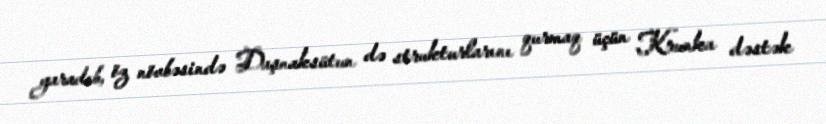
yaradıb, öz növbəsində Daşnaksütun də strukturlarını qurmaq üçün Krunka dəstək